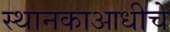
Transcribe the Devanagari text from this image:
स्थानकाआधीचे